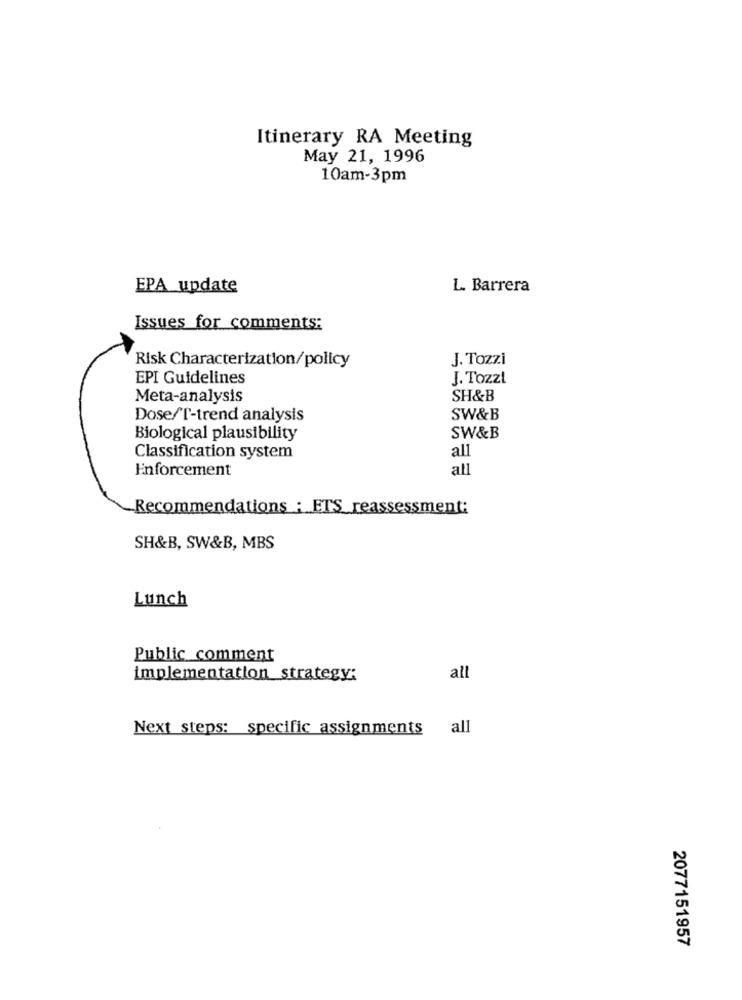
Itinerary RA Meeting
May 21, 1996
10am-3pm
EPA update
L. Barrera
Issues for comments:
J. Tozzi
Risk Characterization/policy
EPI Guidelines
J. Tozzł
Meta-analysis
SH&B
Dose/T-trend analysis
SW&B
Biological plausibility
SW&B
all
Classification system
Enforcement
all
Recommendations : ETS_reassessment:
SH&B, SW&B, MBS
Lunch
Public comment
implementation strategy:
all
Next steps: specific assignments all
2077151957